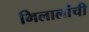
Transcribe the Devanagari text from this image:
भिलालांची